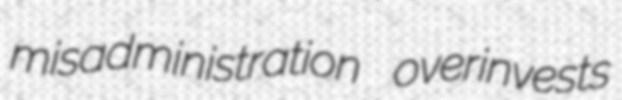
misadministration overinvests